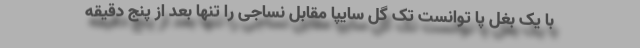
با یک بغل پا توانست تک گل سایپا مقابل نساجی را تنها بعد از پنج دقیقه